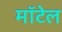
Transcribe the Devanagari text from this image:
मॉटेल